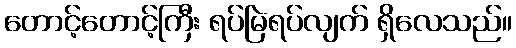
တောင့်တောင့်ကြီး ရပ်မြဲရပ်လျက် ရှိလေသည်။